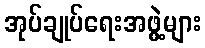
အုပ်ချုပ်ရေးအဖွဲ့များ